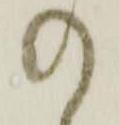
の